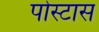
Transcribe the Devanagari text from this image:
पोस्टास